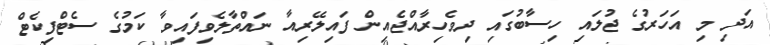
އަދި މި އަހަރުގެ ޖުލައި ހިސާބުގައި ދިވެހިރާއްޖެއިން ފައިލޭރިއާ ނައްތާލެވިފައިވާ ކަމުގެ ސެޓްފިކެޓް